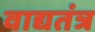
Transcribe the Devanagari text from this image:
वाद्यतंत्र